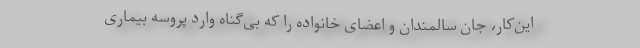
این‌کار، جان سالمندان و اعضای خانواده را که بی‌گناه وارد پروسه بیماری